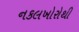
નકલખોરોથી